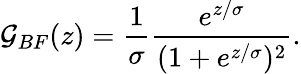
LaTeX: \mathcal{G}_{BF}(z)=\frac{1}{\sigma}\frac{e^{z/\sigma}}{(1+e^{z/\sigma})^{2}}.